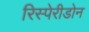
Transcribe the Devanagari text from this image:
रिस्पेरीडोन